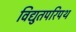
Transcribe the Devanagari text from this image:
विद्युतपरिपथ